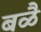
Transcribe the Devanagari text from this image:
बळै